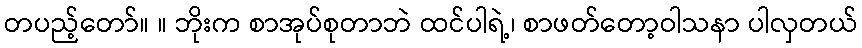
တပည့်တော်။ ။ ဘိုးက စာအုပ်စုတာဘဲ ထင်ပါရဲ့၊ စာဖတ်တော့ဝါသနာ ပါလှတယ်